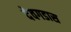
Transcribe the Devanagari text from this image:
देवगडास